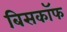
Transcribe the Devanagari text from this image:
बिसकॉफ